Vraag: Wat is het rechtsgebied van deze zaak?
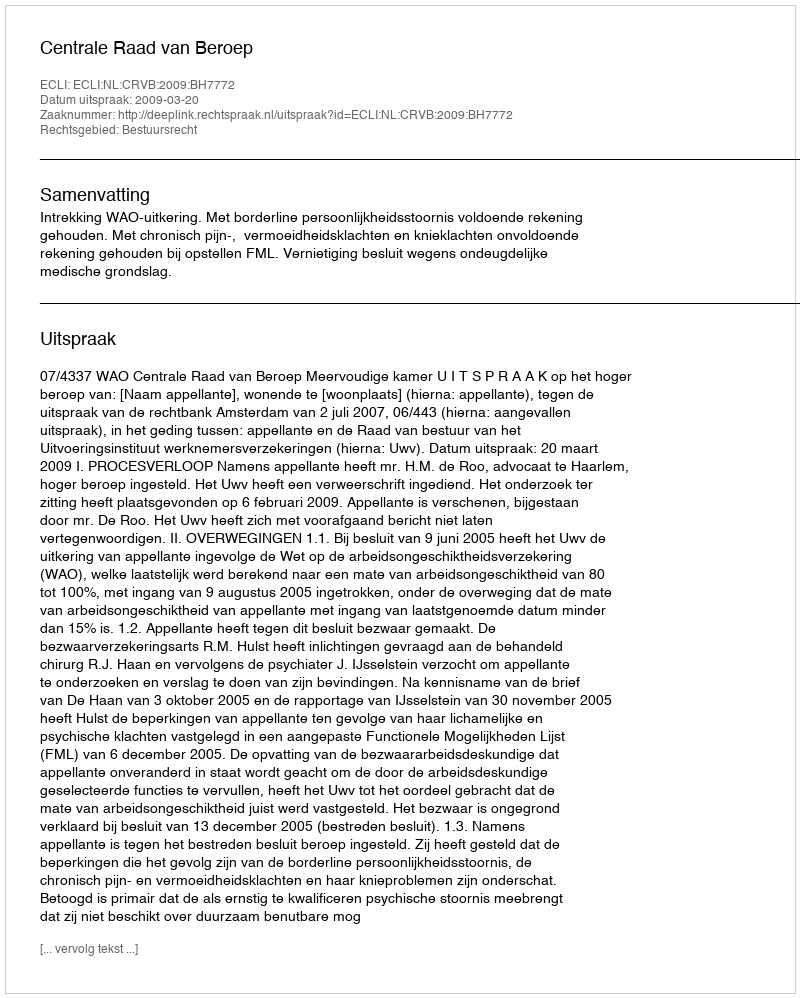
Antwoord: Bestuursrecht